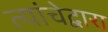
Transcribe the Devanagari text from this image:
त्यांचेद्वारा